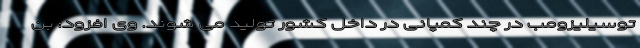
توسیلیزومب در چند کمپانی در داخل کشور تولید می شوند. وی افزود: بن